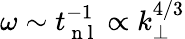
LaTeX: \omega\sim t_{\mathrm{~n~l~}}^{-1}\propto k_{\perp}^{4/3}